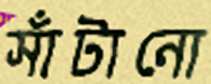
সাঁটানো